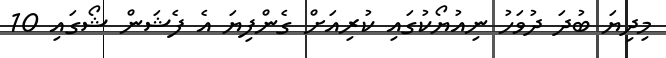
މިދިޔަ ބުދަ ދުވަހު ނިއުޔޯކުގައި ކުރިއަށް ގެންފިޔަ އެ ފެޝަން ޝޯގައި 10